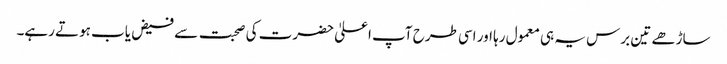
ساڑھے تین برس یہ ہی معمول رہا اور اسی طرح آپ اعلیٰ حضرت کی صحبت سے فیض یاب ہوتے رہے۔